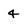
Character: 4